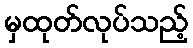
မှထုတ်လုပ်သည့်